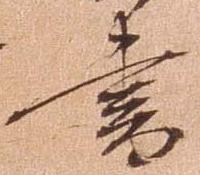
書